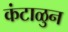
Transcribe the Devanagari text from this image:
कंटाळुन